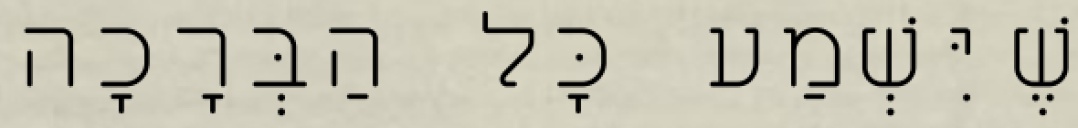
שֶׁיִּשְׁמַע כָּל הַבְּרָכָה